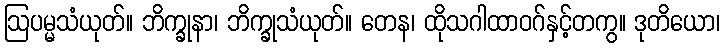
ဩပမ္မသံယုတ်။ ဘိက္ခုနာ၊ ဘိက္ခုသံယုတ်။ တေန၊ ထိုသဂါထာဝဂ်နှင့်တကွ။ ဒုတိယော၊